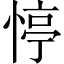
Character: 𢝜